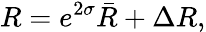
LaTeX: R=e^{2\sigma}\bar{R}+\Delta R,